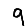
Digit: 9